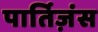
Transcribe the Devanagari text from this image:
पार्तिज़ंस